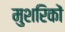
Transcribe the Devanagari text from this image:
मुशरिकों